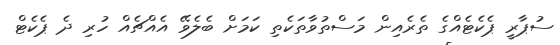
ސުޕާރީ ޕެކެޓެއްގެ ތެރެއިން މަސްތުވާތަކެތި ކަމަށް ބެލެވޭ އެއްޗެއް ހުރި ދެ ޕެކެޓް